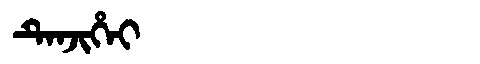
Manchu: ᡨᡝᠨᠵᡳᡥᡝᡳ
Romanization: TENJIHEI